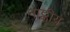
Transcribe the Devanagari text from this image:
नाट्कीय